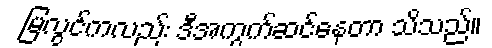
မြလွင်ကလည်း ဒီအကွက်ဆင်နေတာ သိသည်။